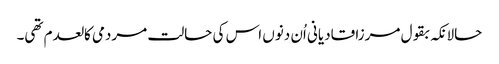
حالانکہ بقول مرزا قادیانی اُن دنوں اس کی حالت مردمی کالعدم تھی۔